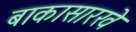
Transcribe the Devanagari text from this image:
बाकासारखे